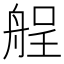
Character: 𮎏